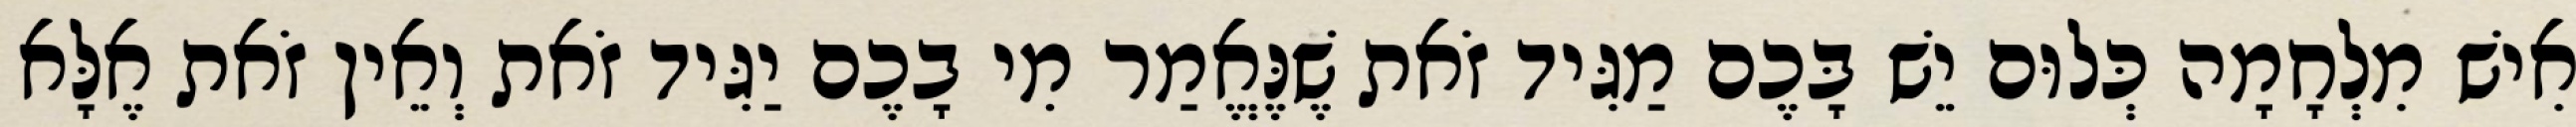
אִישׁ מִלְחָמָה כְּלוּם יֵשׁ בָּכֶם מַגִּיד זֹאת שֶׁנֶּאֱמַר מִי בָכֶם יַגִּיד זֹאת וְאֵין זֹאת אֶלָּא